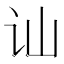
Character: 讪